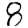
Digit: 8